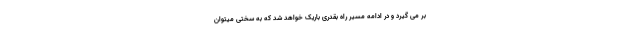
بر می گیرد و در ادامه مسیر راه بقدری باریک خواهد شد که به سختی میتوان